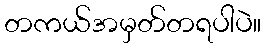
တကယ်အမှတ်တရပါပဲ။